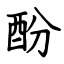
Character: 酚